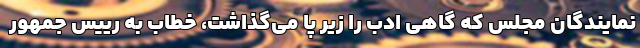
نمایندگان مجلس که گاهی ادب را زیر پا می‌گذاشت، خطاب به رییس جمهور